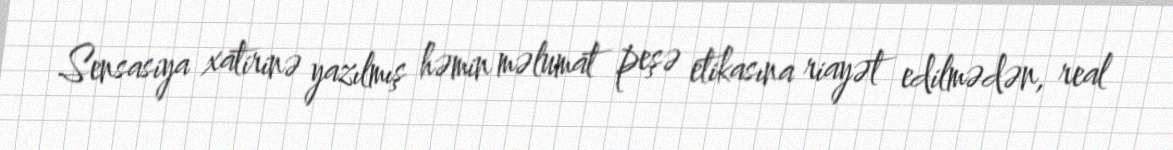
Sensasiya xatirinə yazılmış həmin məlumat peşə etikasına riayət edilmədən, real